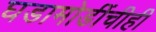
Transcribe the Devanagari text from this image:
घडामोडींचीही